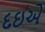
દઇએ